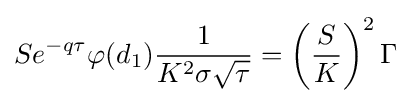
Se^{-q\tau }\varphi (d_{1}){\frac {1}{K^{2}\sigma {\sqrt {\tau }}}}=\left({\frac {S}{K}}\right)^{2}\Gamma